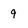
Character: 9